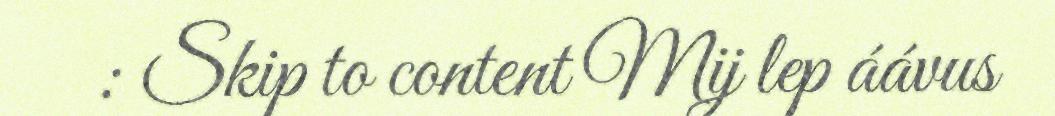
: Skip to content Mij lep áávus